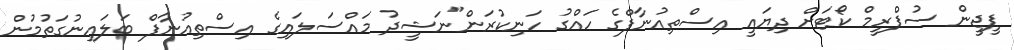
ޕީޖީން ސުޕްރީމް ކޯޓަށް ދިޔައީ އިސްތިއުނާފްގެ ހައްގު ހަނިކުރަން"ނަޝީދު މައްސަލައިގެ އިސްތިއުނާފް ބަލައިނުގަތުމުން